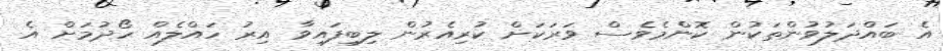
އެ ބައްދަލުވުންތަކުން ކޮންމެވެސް ވަރަކަށް ކުރިއެރުން ލިބިފައިވާ އިރު ހައްލެއް ހޯދުމަށް އެ